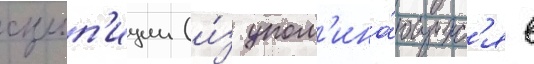
сульп'иции (и́з упом'ина́ющихс'я в